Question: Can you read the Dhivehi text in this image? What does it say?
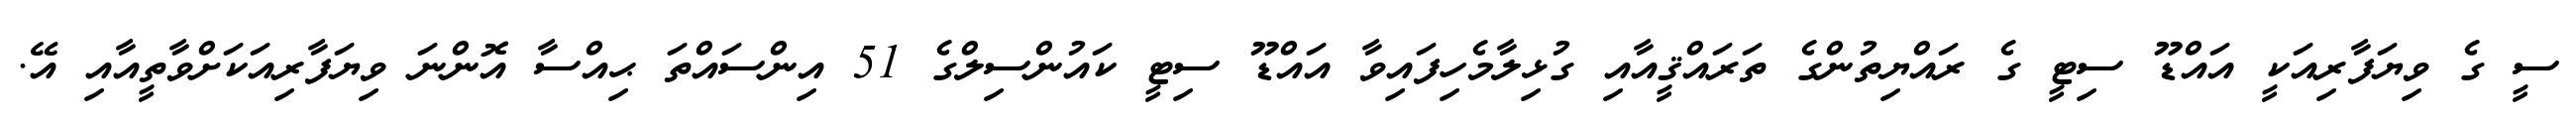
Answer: ސީ ގެ ވިޔަފާރިއަކީ އައްޑޫ ސިޓީ ގެ ރައްޔިތުންގެ ތަރައްޤީއާއި ގުޅިލާމެހިފައިވާ އައްޑޫ ސިޓީ ކައުންސިލްގެ 51 އިންސައްތަ ޙިއްސާ އޮންނަ ވިޔަފާރިއަކަށްވާތީއާއި އޭ.